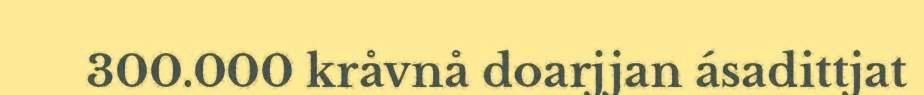
300.000 kråvnå doarjjan ásadittjat